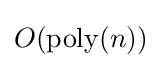
O({\text{poly}}(n))